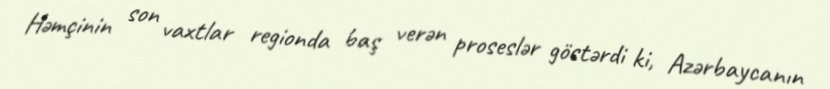
Həmçinin son vaxtlar regionda baş verən proseslər göstərdi ki, Azərbaycanın